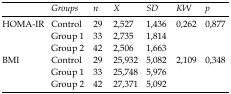
<table><thead><tr><td></td><td><b>Groups</b></td><td><b>n</b></td><td><b>X</b></td><td><b>SD</b></td><td><b>KW</b></td><td><b>p</b></td></tr></thead><tbody><tr><td rowspan="3">HOMA-IR</td><td>Control</td><td>29</td><td>2,527</td><td>1,436</td><td rowspan="3">0,262</td><td rowspan="3">0,877</td></tr><tr><td>Group 1</td><td>33</td><td>2,735</td><td>1,814</td></tr><tr><td>Group 2</td><td>42</td><td>2,506</td><td>1,663</td></tr><tr><td rowspan="3">BMI</td><td>Control</td><td>29</td><td>25,932</td><td>5,082</td><td rowspan="3">2,109</td><td rowspan="3">0,348</td></tr><tr><td>Group 1</td><td>33</td><td>25,748</td><td>5,976</td></tr><tr><td>Group 2</td><td>42</td><td>27,371</td><td>5,092</td></tr></tbody></table>